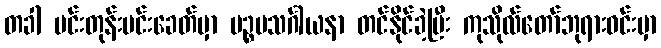
တခါ မင်းတုန်းမင်းခေတ်မှာ ပဉ္စမသင်္ဂါယနာ တင်နိုင်ခဲ့ပြီး ကုသိုလ်တော်ဘုရားဝင်းမှာ